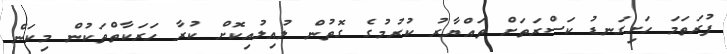
ފުރަތަމަ ހަށިގަނޑު ކަސްރަތަށް ތައްޔާރު ކުރުމުގެ ގޮތުން ލުއިލުއިކޮށް ކުރާ ހަރަކާތްތަކުން މިކަން